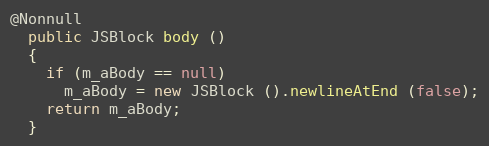
Language: Java
@Nonnull
  public JSBlock body ()
  {
    if (m_aBody == null)
      m_aBody = new JSBlock ().newlineAtEnd (false);
    return m_aBody;
  }